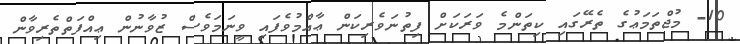
10- މުޖްތަމަޢުގެ ތެރޭގައި ކިތަންމެ ވަރަކަށް ފިތުނަވެރިކަން ޢާއްމުވެފައި ވީނަމަވެސް ޒުވާނުން ޢިއްފަތްތެރިވާން